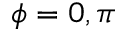
\phi = 0 , \pi